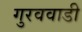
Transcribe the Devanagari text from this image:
गुरववाडी